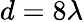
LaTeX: d=8\lambda